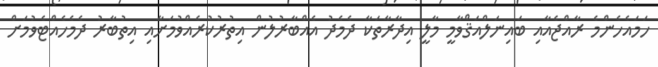
ހަމައެހެންމެ ރާއްޖެއާއި ބައިނަލްއަޤްވާމީ މާލީ އިދާރާތަކާ ދެމެދު އެއްބާރުލުން އިތުރުކުރެއްވުމަށާއި އިތުބާރު ދެމެހެއްޓެވުމަށް